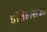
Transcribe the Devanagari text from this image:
इतिहासको